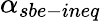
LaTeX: \alpha_{sbe-ineq}